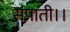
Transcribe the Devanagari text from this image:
संपाती।।